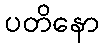
ပတိနော